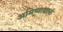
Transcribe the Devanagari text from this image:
अमिष्वाद्यानां